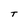
Character: T